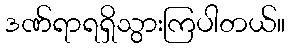
ဒဏ်ရာရရှိသွားကြပါတယ်။